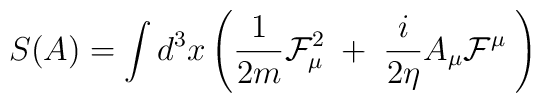
S(A)=\int d^{3}x\left( \frac{1}{2m}\mathcal{F}_{\mu }^{2}\;+\;\frac{i}{2\eta }A_{\mu }\mathcal{F}^{\mu }\;\right) \;